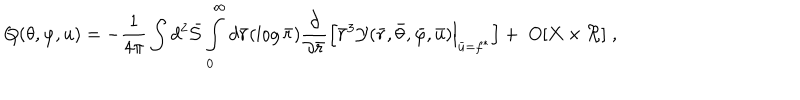
LaTeX: Q ( \theta , \varphi , u ) = - \frac { 1 } { 4 \pi } \int d ^ { 2 } { \bar { \cal S } } \int _ { 0 } ^ { \infty } d { \bar { r } } ( \log { \bar { r } } ) \frac { \partial } { \partial { \bar { r } } } \Bigl [ { \bar { r } } ^ { 3 } { \cal Y } ( { \bar { r } } , { \bar { \theta } } , { \bar { \varphi } } , { \bar { u } } ) \Bigl | _ { { \bar { u } } = f ^ { * } } \Bigr ] + \; O [ X \times \Re ] \; , \quad